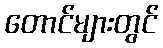
တောင်များတွင်